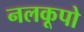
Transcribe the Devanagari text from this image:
नलकूपो